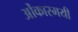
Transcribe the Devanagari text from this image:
ओंकारमयी